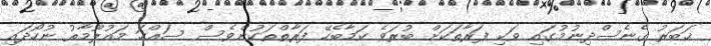
ޚަބަރު ގެނެސްދިނުމުގައި ވަކި ފަރާތަކަށް ބުރަވެ ކަމާބެހޭ ފަރާތްތަކުންވެސް ސައްހަ މައުލޫމާތު ނުހޯދައި